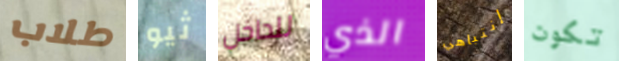
طلاب ثيو للداخل الذي إنتباهي تكون